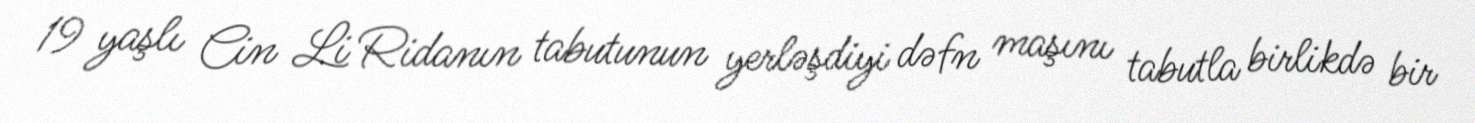
19 yaşlı Cin Li Ridanın tabutunun yerləşdiyi dəfn maşını tabutla birlikdə bir